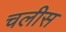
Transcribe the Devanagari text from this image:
चलीस